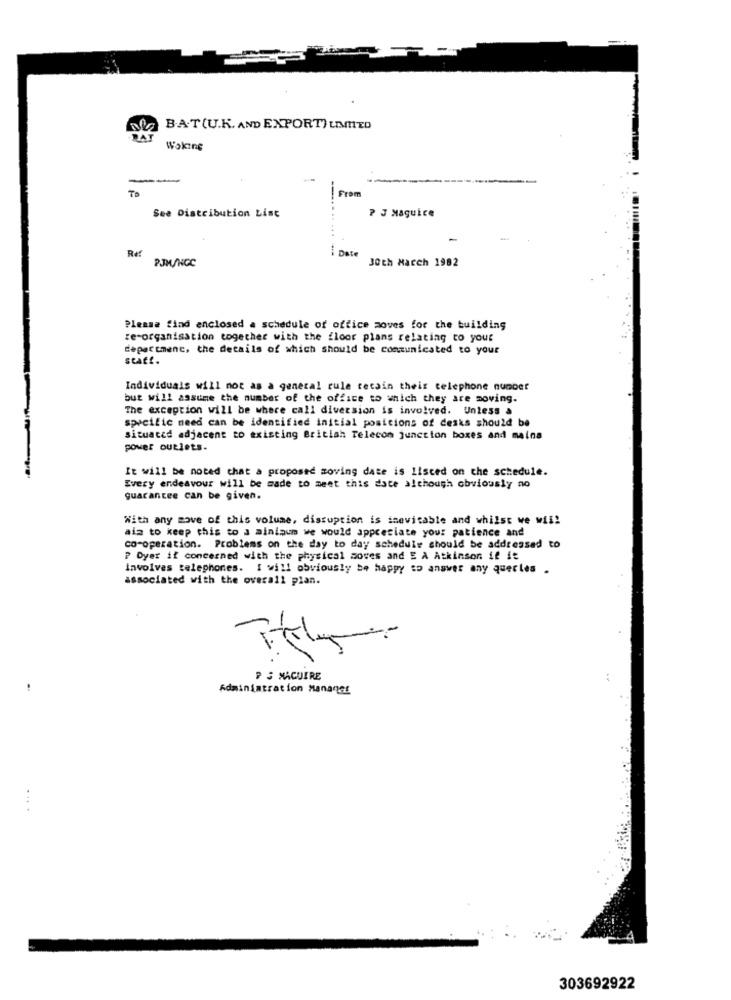
B.A.T(U.K. AND EXPORT) LIMITED
Woking
--
To
From
? J Maguice
See Distribution List
PJM/NGC
i Date
30th March 1992
Please find enclosed a schedule of office moves for the building
ze-organisation together with the floor plans relating to your
department, the details of which should be communicated to your
staff.
Individuals will not as a general rule cetain their telephone number
but will assume the number of the office to which they are moving.
The exception will be where call diversion is involved. Unless a
specific need can be identified initial positions of desks should be
situated adjacent to existing British Telecom junction boxes and maina
power outlets.
It will be noted that a proposed moving date is listed on the schedule.
Every endeavour will be made to meet this date although obviously no
guarantee can be given.
With any mave of this volume, disruption is inevitable and whilst we will
ais to keep this to a minimum we would appreciate your patience and
co-operation. Problems on the day to day schedule should be addressed to
P Dyer if concerned with the physical moves and E A Atkinson if ie
involves telephones. I will obviously be happy so answer any querles .
associated with the overall plan.
P S MAGUIRE
Administration Manager
.. .
303692922